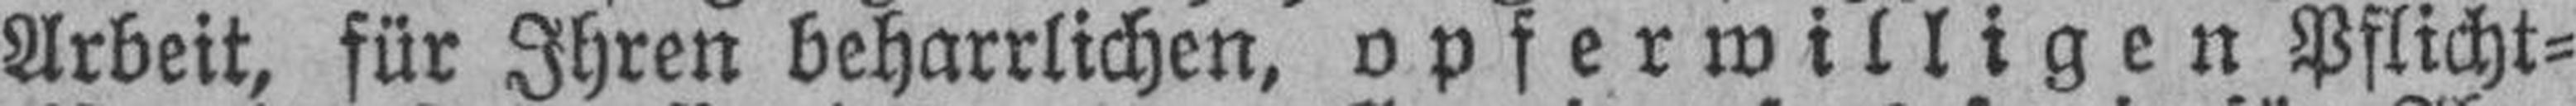
Arbeit, für Ihren beharrlichen, opferwilligen Pflicht¬